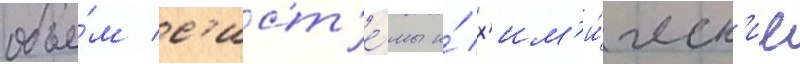
объе́м с'ист'е́мы и́ х'им'и́ческ'ие